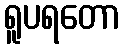
ရူပရတော